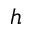
h